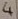
Text: 4